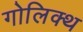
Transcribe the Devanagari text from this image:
गोलिक्थ